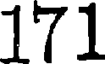
171